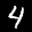
Digit: 4